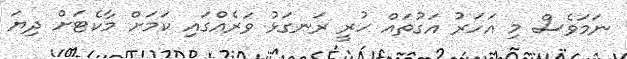
ނަމަވެސް މި އަހަރު އަގުތައް ހުރީ ރަނގަޅު ވަރެއްގައި ކަމަށް މާކެޓަށް ދިޔަ